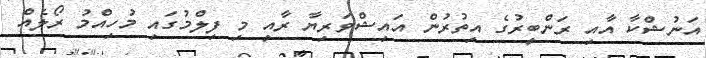
އަނުޝްކާ އާއި ރަންބީރުގެ އިތުރުން އައިޝްވަރިޔާ ރާއީ މި ފިލްމުގައި މުހިއްމު ރޯލެއް